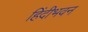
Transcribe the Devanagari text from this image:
हिंदीभवन